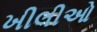
ખીલીઓ